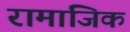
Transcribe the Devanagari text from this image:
रामाजिक